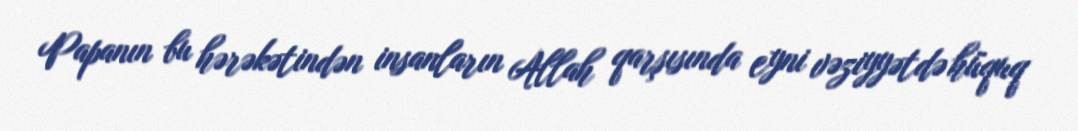
Papanın bu hərəkətindən insanların Allah qarşısında eyni vəziyyətdə hüquq